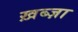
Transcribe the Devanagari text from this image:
ख़ब्ज़ा